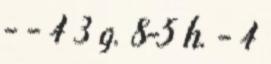
- - 4 3 g. 8-5 h. - 4